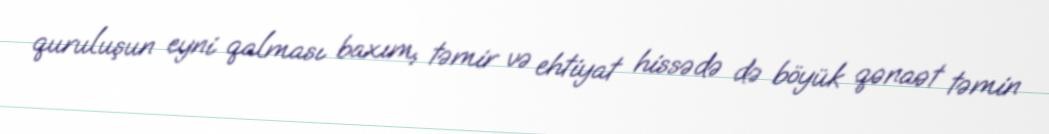
quruluşun eyni qalması baxım, təmir və ehtiyat hissədə də böyük qənaət təmin